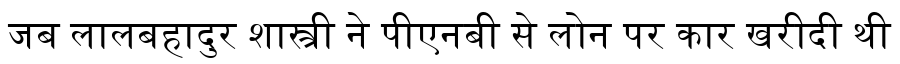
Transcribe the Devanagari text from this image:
जब लालबहादुर शास्त्री ने पीएनबी से लोन पर कार खरीदी थी